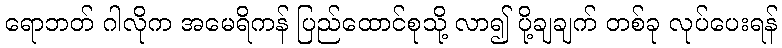
ရောဘတ် ဂါလိုက အမေရိကန် ပြည်ထောင်စုသို့ လာ၍ ပို့ချချက် တစ်ခု လုပ်ပေးရန်